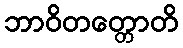
ဘာဝိတတ္တောတိ